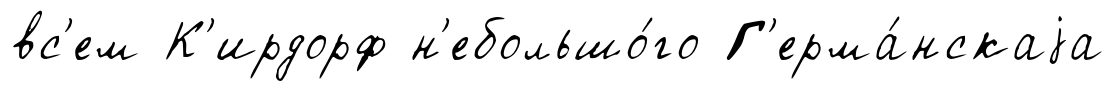
вс'ем К'ирдорф н'ебольшо́го Г'ерма́нскаjа